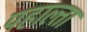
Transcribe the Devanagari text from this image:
पहाल्ता